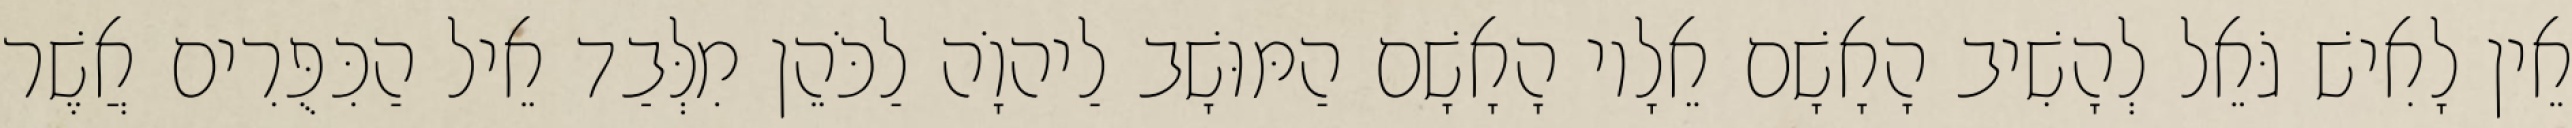
אֵין לָאִישׁ גֹּאֵל לְהָשִׁיב הָאָשָׁם אֵלָיו הָאָשָׁם הַמּוּשָׁב לַיהוָֹה לַכֹּהֵן מִלְּבַד אֵיל הַכִּפֻּרִים אֲשֶׁר